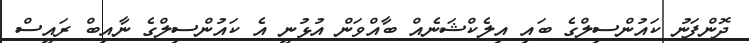
ދޮންފަނު ކައުންސިލްގެ ބައި އިލެކްޝަނެއް ބާއްވަން އުޅުނީ އެ ކައުންސިލްގެ ނާއިބް ރައީސް